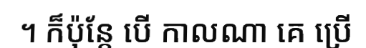
។ ក៏ប៉ុន្តែ បើ កាលណា គេ ប្រើ